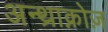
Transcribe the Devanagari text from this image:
अन्थ्राक्नोज़